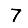
Digit: 7